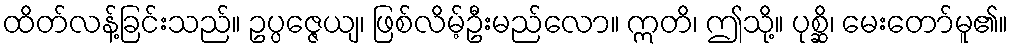
ထိတ်လန့်ခြင်းသည်။ ဥပ္ပဇ္ဇေယျ၊ ဖြစ်လိမ့်ဦးမည်လော။ ဣတိ၊ ဤသို့။ ပုစ္ဆိ၊ မေးတော်မူ၏။